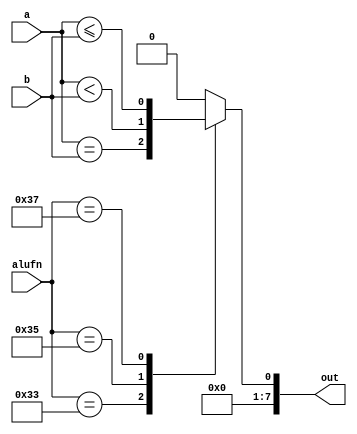
module compare_12 (
    input [7:0] a,
    input [7:0] b,
    input [5:0] alufn,
    output reg [7:0] out
  );
  
  
  
  always @* begin
    out = 1'h0;
    
    case (alufn)
      6'h33: begin
        out[0+0-:1] = a == b;
      end
      6'h35: begin
        out[0+0-:1] = a < b;
      end
      6'h37: begin
        out[0+0-:1] = a <= b;
      end
    endcase
  end
endmodule